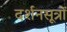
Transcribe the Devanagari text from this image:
दर्शनसूत्रों